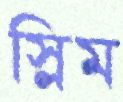
স্লিম